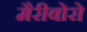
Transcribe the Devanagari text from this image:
मैरीबोरो